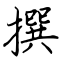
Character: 撰